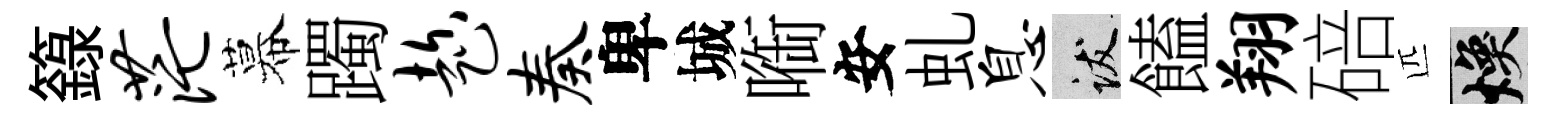
籙茫幕躅趁奏卑城㗸安虬息跋饁翔碚匹焕